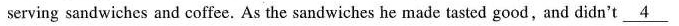
serving sandwiches and coffee. As the sandwiches he made tasted good,and didn't \underline{4}